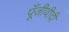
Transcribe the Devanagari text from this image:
पूँजीवीदी